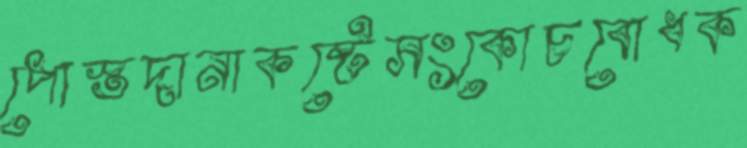
পোস্তদানাকষ্টেসংকোচবোধক